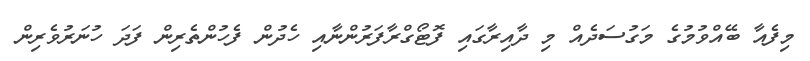
މިފެއާ ބޭއްވުމުގެ މަގުސަދެއް މި ދާއިރާގައި ފޮޓޯގްރާފަރުންނާއި ހެދުން ފެހުންތެރިން ފަދަ ހުނަރުވެރިން